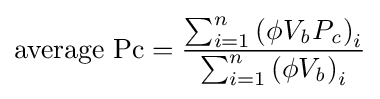
{\text{average Pc}}={\frac {\sum _{i=1}^{n}\left({\phi V_{\mathit {b}}P_{\mathit {c}}}\right)_{i}}{\sum _{i=1}^{n}\left({\phi V_{\mathit {b}}}\right)_{i}}}